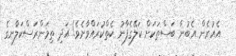
އެއުރެން އެބުނާ ބަސްތަކަށް ކަލޭގެފާނު ކެތްކުރައްވާށެވެ! އަދި ތިމަންރަސްކަލާނގެ